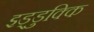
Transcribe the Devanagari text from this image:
इड्डुक्कि